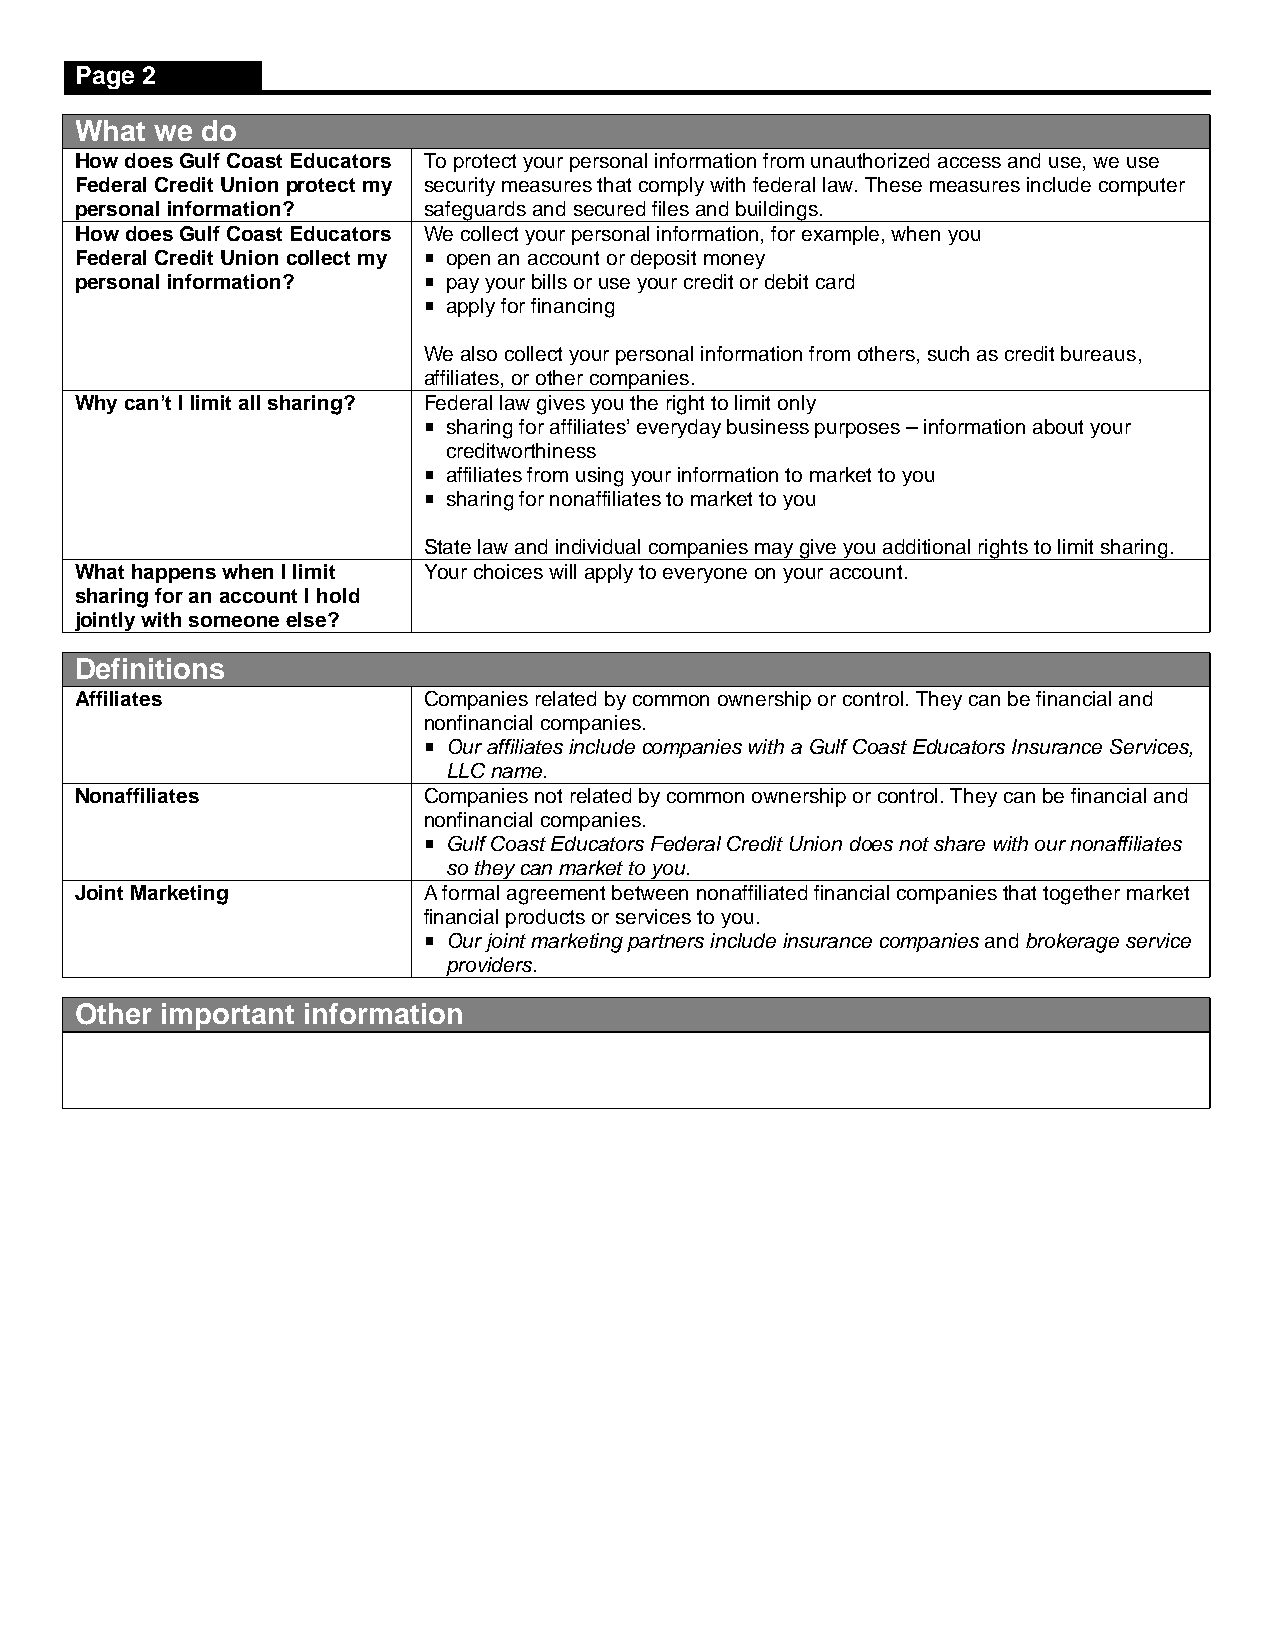
Page 2
 What we do
 How doesGulf Coast Educators To protect your personal information from unauthorized access and use, we use
 Federal Credit Unionprotect my security measures that comply with federal law. These measures include computer
 personal information?  safeguards and secured files and buildings.
 HowdoesGulf Coast Educators We collect your personal information, for example, when you
 Federal Credit Unioncollect my  open an accountordeposit money
 personal information?   pay your bills oruse your credit or debit card
  apply for financing
 We also collect your personal information from others, such as credit bureaus,
 affiliates, or other companies.
 Why can’t I limit all sharing? Federal law gives you the right to limit only
  sharing for affiliates’ everyday business purposes – information about your
 creditworthiness
  affiliates from using your information to market to you
  sharing for nonaffiliates to market to you
 State law and individual companies may give you additional rights to limit sharing.
 What happens when I limit Your choices will apply to everyone on your account.
 sharing for an account I hold
 jointly with someone else?
 Definitions
 Affiliates             Companies related by common ownership or control. They can be financial and
 nonfinancial companies.
  Our affiliates includecompanies with aGulf Coast Educators Insurance Services,
 LLCname.
 Nonaffiliates          Companies not related by common ownership or control. They can be financial and
 nonfinancial companies.
  Gulf Coast Educators Federal Credit Union does not share with our nonaffiliates
 so they can market to you.
 Joint Marketing        A formal agreement between nonaffiliated financial companies that together market
 financial products or services to you.
  Our joint marketing partners includeinsurance companies andbrokerage service
 providers.
 Other important information